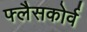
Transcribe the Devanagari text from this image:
फ्लैसकोर्व